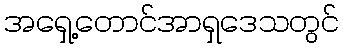
အရှေ့တောင်အာရှဒေသတွင်